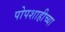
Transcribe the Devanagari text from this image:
पोपशाहीच्या